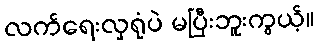
လက်ရေးလှရုံပဲ မပြီးဘူးကွယ့်။